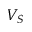
V _ { S }